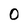
Character: 0